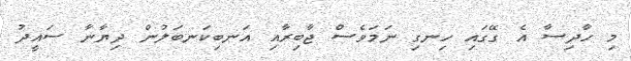
މި ހާދިސާ އެ ގޭގައި ހިނގި ނަމަވެސް ޖާބިރާއި އަނބިކަނބަލުން ދިޔާނާ ސައީދު